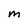
Character: m